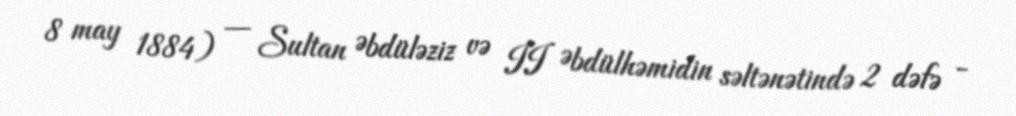
8 may 1884) — Sultan Əbdüləziz və II Əbdülhəmidin səltənətində 2 dəfə -